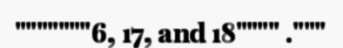
"""""""6, 17, and 18"""" ."""